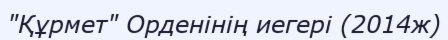
"Құрмет" Орденінің иегері (2014ж)